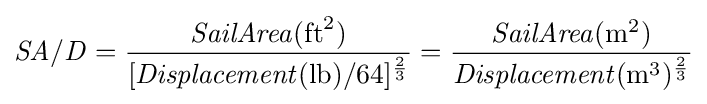
{\mathit {SA/D}}={\frac {{\mathit {SailArea}}({\text{ft}}^{2})}{[{\mathit {Displacement}}({\text{lb}})/64]^{\frac {2}{3}}}}={\frac {{\mathit {SailArea}}({\text{m}}^{2})}{{\mathit {Displacement}}({\text{m}}^{3})^{\frac {2}{3}}}}